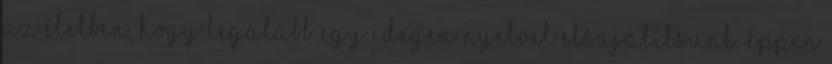
az életben, hogy legalább egy idegen nyelvet elsajátítsunk. Éppen